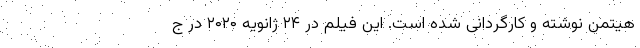
هیتمن نوشته و کارگردانی شده است. این فیلم در ۲۴ ژانویهٔ ۲۰۲۰ در ج